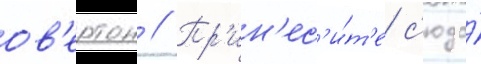
ов'ертон // Пр'ин'ес'и́т'е с'юда́